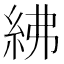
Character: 紼